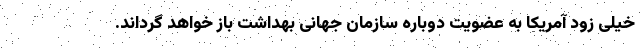
خیلی زود آمریکا به عضویت دوباره سازمان جهانی بهداشت باز خواهد گرداند.